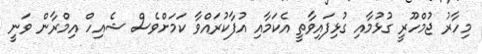
މިހާރު ޖުމްހޫރީ ގުޅުމާއި ގުޅިފައިވާތީ އެކަމާއި އުފާކުރައްވާ ކަމަށްވެސް ޝެއިހް އިމްރާން ވަނީ